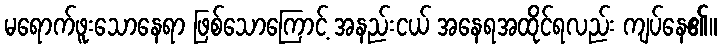
မရောက်ဖူးသောနေရာ ဖြစ်သောကြောင့် အနည်းငယ် အနေရအထိုင်ရလည်း ကျပ်နေ၏။